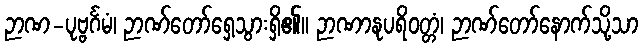
ဉာဏ-ပုဗ္ဗင်္ဂမံ၊ ဉာဏ်တော်ရှေ့သွားရှိ၏။ ဉာဏာနုပရိဝတ္တံ၊ ဉာဏ်တော်နောက်သို့သာ